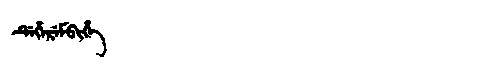
Manchu: ᡩᡝᡥᡝᡵᡝᠮᠪᡳᡥᡝ
Romanization: DEHEREMBIHE